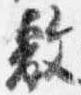
敷